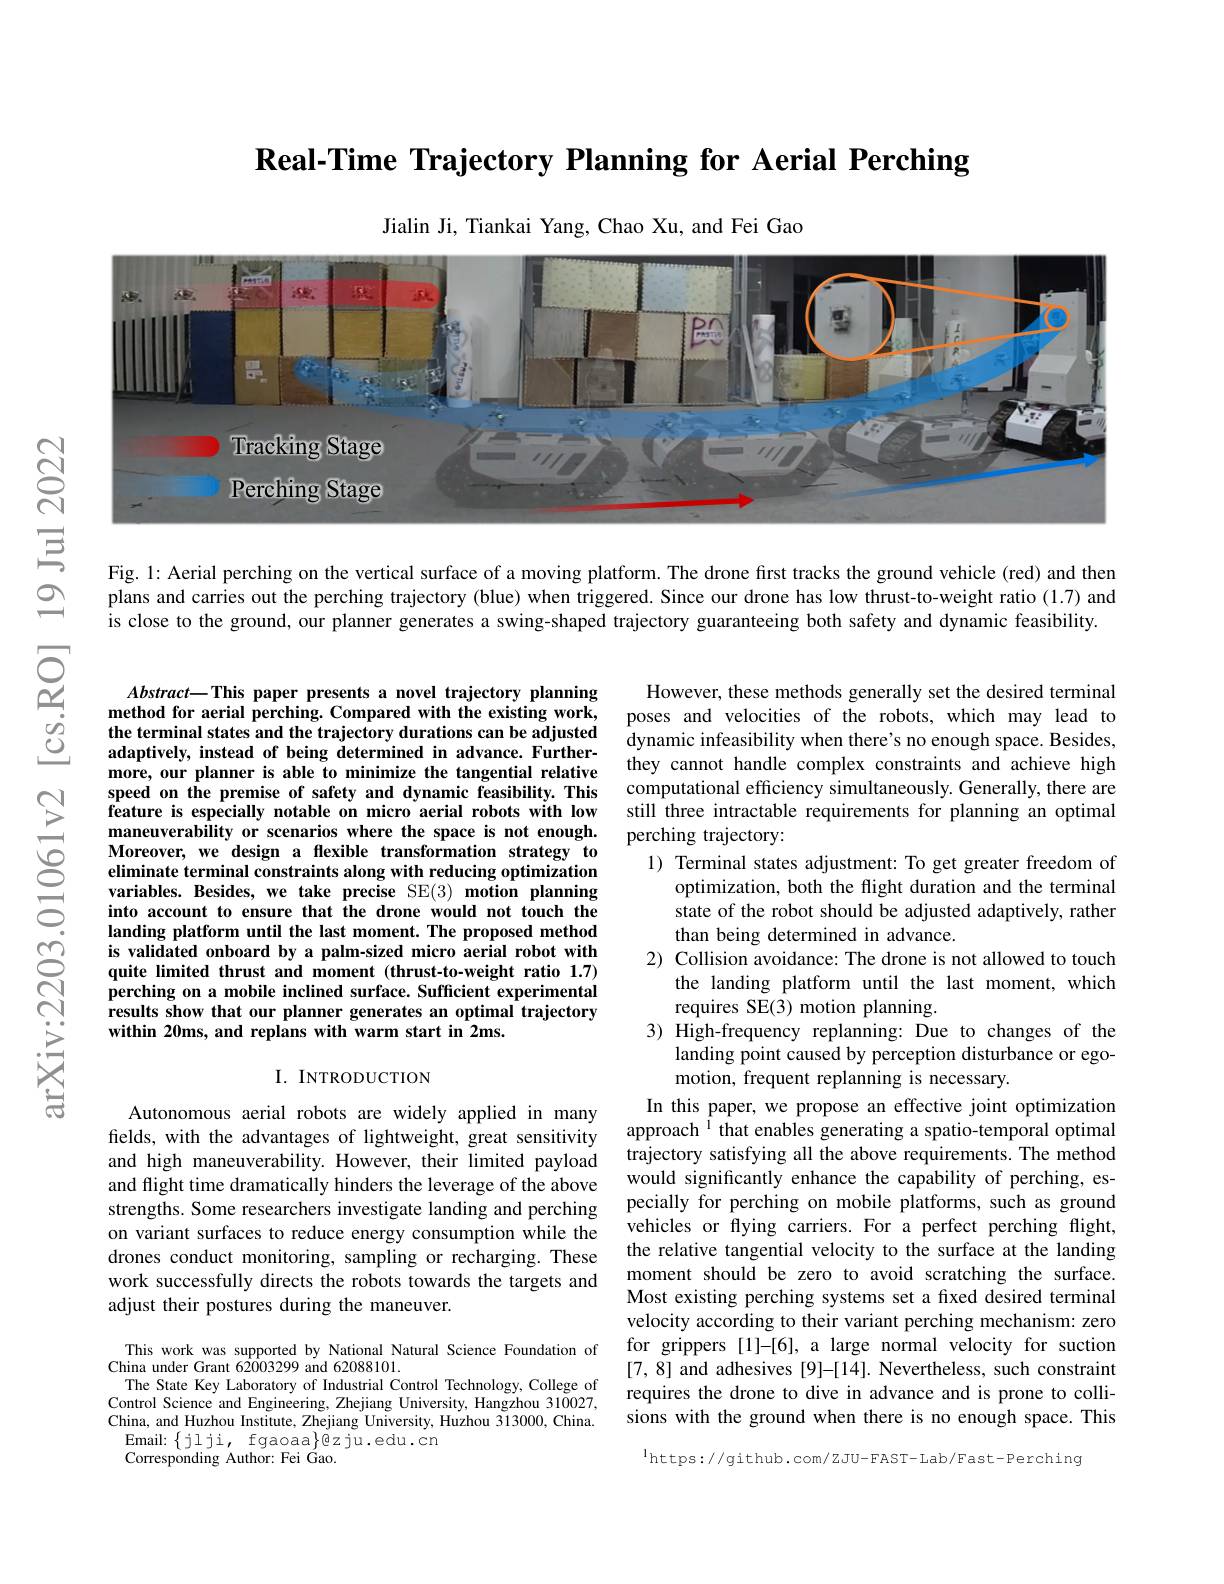
$\textbf{Real- Time Trajectory Planning for Aerial Perching}$

Jialin Ji, Tiankai Yang, Chao Xu, and Fei Gao

<FigureHere>

Fig. 1: Aerial perching on the vertical surface of a moving platform. The drone first tracks the ground vehicle (red) and then plans and carries out the perching trajectory (blue) when triggered. Since our drone has low thrust-to-weight ratio (1.7) and is close to the ground, our planner generates a swing-shaped trajectory guaranteeing both safety and dynamic feasibility.

$Abstract-$This paper presents a novel trajectory planning method for aerial perching. Compared with the existing work, the terminal states and the trajectory durations can be adjusted adaptively, instead of being determined in advance. Furthermore, our planner is able to minimize the tangential relative speed on the premise of safety and dynamic feasibility. This feature is especially notable on micro aerial robots with low maneuverability or scenarios where the space is not enough. Moreover, we design a flexible transformation strategy to eliminate terminal constraints along with reducing optimization variables. Besides, we take precise SE(3) motion planning into account to ensure that the drone would not touch the landing platform until the last moment. The proposed method
within 20ms, and replans with warm start in 2ms.

However, these methods generally set the desired terminal poses and velocities of the robots, which may lead to dynamic infeasibility when there's no enough space. Besides, they cannot handle complex constraints and achieve high computational efficiency simultaneously. Generally, there are still three intractable requirements for planning an optimal perching trajectory:
1) Terminal states adjustment: To get greater freedom of
optimization, both the flight duration and the terminal state of the robot should be adjusted adaptively, rather than being determined in advance.
2) Collision avoidance: The drone is not allowed to touch
the landing platform until the last moment, which
requires SE(3) motion planning.
3) High-frequency replanning: Due to changes of the
landing point caused by perception disturbance or ego-
motion, frequent replanning is necessary.
In this paper, we propose an effective joint optimization approach $^{\mathrm{i}}$ that enables generating a spatio-temporal optimal trajectory satisfying all the above requirements. The method would significantly enhance the capability of perching, especially for perching on mobile platforms, such as ground vehicles or flying carriers. For a perfect perching flight, the relative tangential velocity to the surface at the landing moment should be zero to avoid scratching the surface. Most existing perching systems set a fixed desired terminal velocity according to their variant perching mechanism: zero for grippers [1]-[6], a large normal velocity for suction [7,8] and adhesives [9]-[14]. Nevertheless, such constraint requires the drone to dive in advance and is prone to collisions with the ground when there is no enough space. This $^{1}$https://github.com/ZJU-EAST-Lab/Fast-Perching

### I. INTRODUCTION

Autonomous aerial robots are widely applied in many fields, with the advantages of lightweight, great sensitivity and high maneuverability. However, their limited payload and flight time dramatically hinders the leverage of the above strengths. Some researchers investigate landing and perching on variant surfaces to reduce energy consumption while the drones conduct monitoring, sampling or recharging. These work successfully directs the robots towards the targets and adjust their postures during the maneuver.

This work was supported by National Natural Science Foundation of
China under Grant 62003299 and 62088101.
The State Key Laboratory of Industrial Control Technology, College of Control Science and Engineering, Zhejiang University, Hangzhou 310027, China, and Huzhou Institute, Zhejiang University, Huzhou 313000, China. Email: $\{$jlji, fgaoaa$\}$@zju.edu.cn
Corresponding Author: Fei Gao.